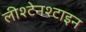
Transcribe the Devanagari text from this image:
लीश्टेनश्टाइन